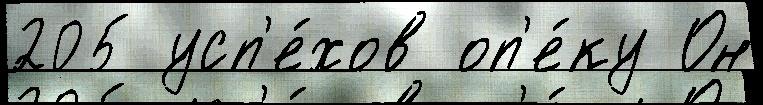
205 усп'е́хов оп'е́ку Он